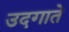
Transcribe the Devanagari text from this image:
उदगाते